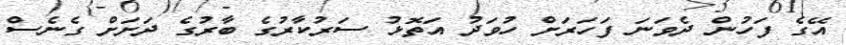
އޭގެ ފަހުން ދެވަނަ ފަހަރަށް ހުވަދު އަތޮޅު ސަރުކާރުގެ ބާރުގެ ދަށަށް ގެނެސް